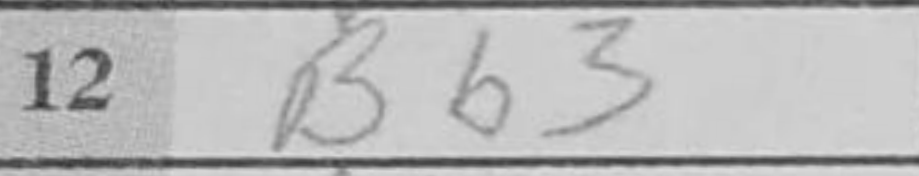
Transcription: Bb3